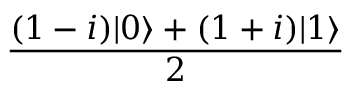
\frac { ( 1 - i ) | 0 \rangle + ( 1 + i ) | 1 \rangle } { 2 }